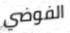
الفوضي